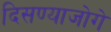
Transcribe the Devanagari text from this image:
दिसण्याजोगे